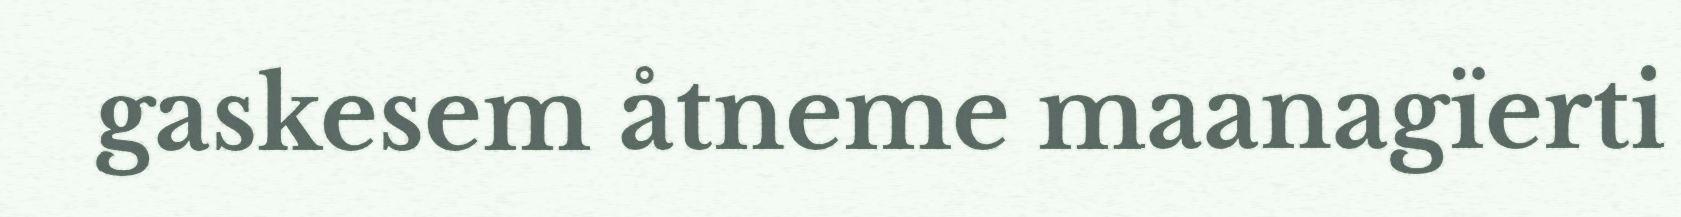
gaskesem åtneme maanagïerti